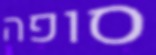
סופה